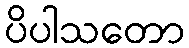
ပိပါသတော